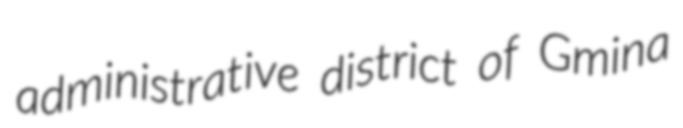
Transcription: administrative district of Gmina